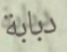
دبابة